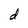
Character: d